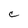
Character: C